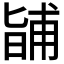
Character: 𭦰